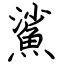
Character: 鯊